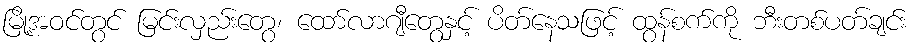
မြို့အဝင်တွင် မြင်းလှည်းတွေ၊ ထော်လာဂျီတွေနှင့် ပိတ်နေသဖြင့် ထွန်စက်ကို ဘီးတစ်ပတ်ချင်း